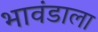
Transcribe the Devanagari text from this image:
भावंडाला